Civil Veterinary Department Bengal reports 1933-51 - 1933-1951
Year: 1933
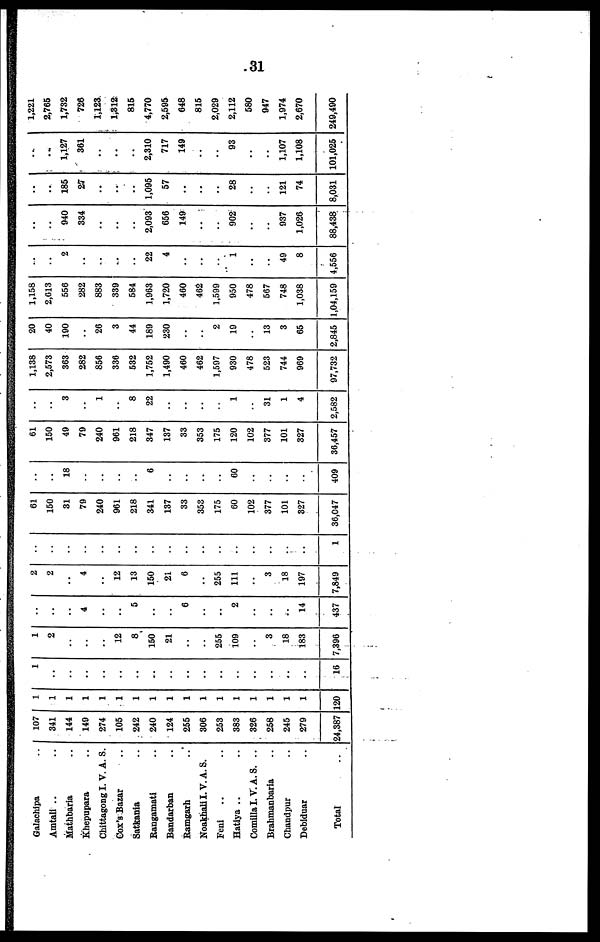
31
Galachipa ..
Amtali .. ..
Mathbaria ..
Khepupara ..
Chittagong I. V. A. S.
Cox's Bazar ..
Satkania ..
Rangamati
Bandarban ..
Ramgarh ..
Noakhali I.V.A.S.
Feni .. ..
Hatiya .. ..
Comilla I.V.A.S. ..
Brahmanbaria ..
Chandpur ..
Debiduar ..
Total ..
107
341
144
149
274
105
242
240
124
255
306
253
383
326
258
245
279
24,387
1
1
1
1
1
1
1
1
1
1
1
1
1
1
1
1
1
120
1
..
..
..
..
..
..
..
..
..
..
..
..
..
..
..
....
16
1
2
..
..
..
12
8
150
21
..
..
255
109
..
3
18
183
7,396
..
..
..
4
..
..
5
..
..
6
..
..
2
..
..
..
14
437
2
2
..
4
..
12
13
150
21
6
..
255
111
..
3
18
197
7,849
..
..
..
..
..
..
..
..
..
..
..
..
..
..
..
..
..
1
61
150
31
79
240
961
218
341
137
33
353
175
60
102
377
101
327
36,047
..
..
18
..
..
..
..
6
..
..
..
..
60
..
..
..
..
409
61
150
49
79
240
961
218
347
137
33
353
175
120
102
377
101
327
36,457
..
..
3
..
1
..
8
22
..
..
..
..
1
..
31
1
4
2,582
1,138
2,573
363
282
856
336
532
1,752
1,490
460
462
1,597
930
478
523
744
969
97,732
20
40
190
..
26
3
44
189
230
..
..
2
19
..
13
3
65
2,845
1,158
2,613
556
282
883
339
584
1,963
1,720
460
462
1,599
950
478
567
748
1,038
1,04,159
..
..
2
..
..
..
..
22
4
..
..
..
1
..
..
49
8
4,556
..
..
940
334
..
..
..
2,093
656
149
..
..
902
..
..
937
1,026
88,438
..
...
185
27
..
..
..
1,095
57
..
..
..
28
..
..
121
74
8,031
..
..
1,127
361
..
..
..
2,310
717
149
..
..
93
..
..
1,107
1,108
101,025
1,221
2,765
1,732
726
1,123
1,312
815
4,770
2,595
648
815
2,029
2,112
580
947
1,974
2,670
249,490